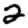
Digit: 2